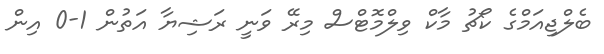
ބެލްޖިއަމްގެ ކޯޗު މާކް ވިލްމޮޓްސް މިރޭ ވަނީ ރަޝިޔާ އަތުން 1-0 އިން